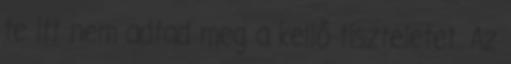
te itt nem adtad meg a kellő tiszteletet. Az